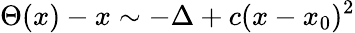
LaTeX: \Theta(x)-x\sim-\Delta+c(x-x_{0})^{2}